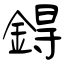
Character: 鍀